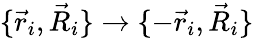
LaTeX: \{ \vec{r}_{i},\vec{R}_{i}\} \rightarrow\{ -\vec{r}_{i},\vec{R}_{i}\}